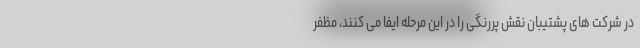
در شرکت های پشتیبان نقش پررنگی را در این مرحله ایفا می کنند، مظفر